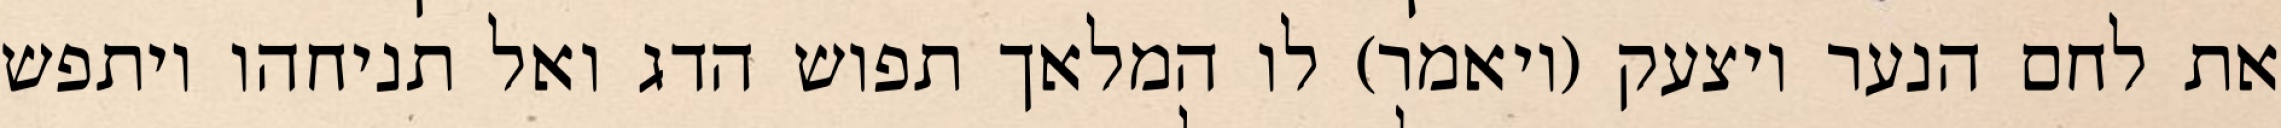
את לחם הנער ויצעק (ויאמר) לו המלאך תפוש הדג ואל תניחהו ויתפש